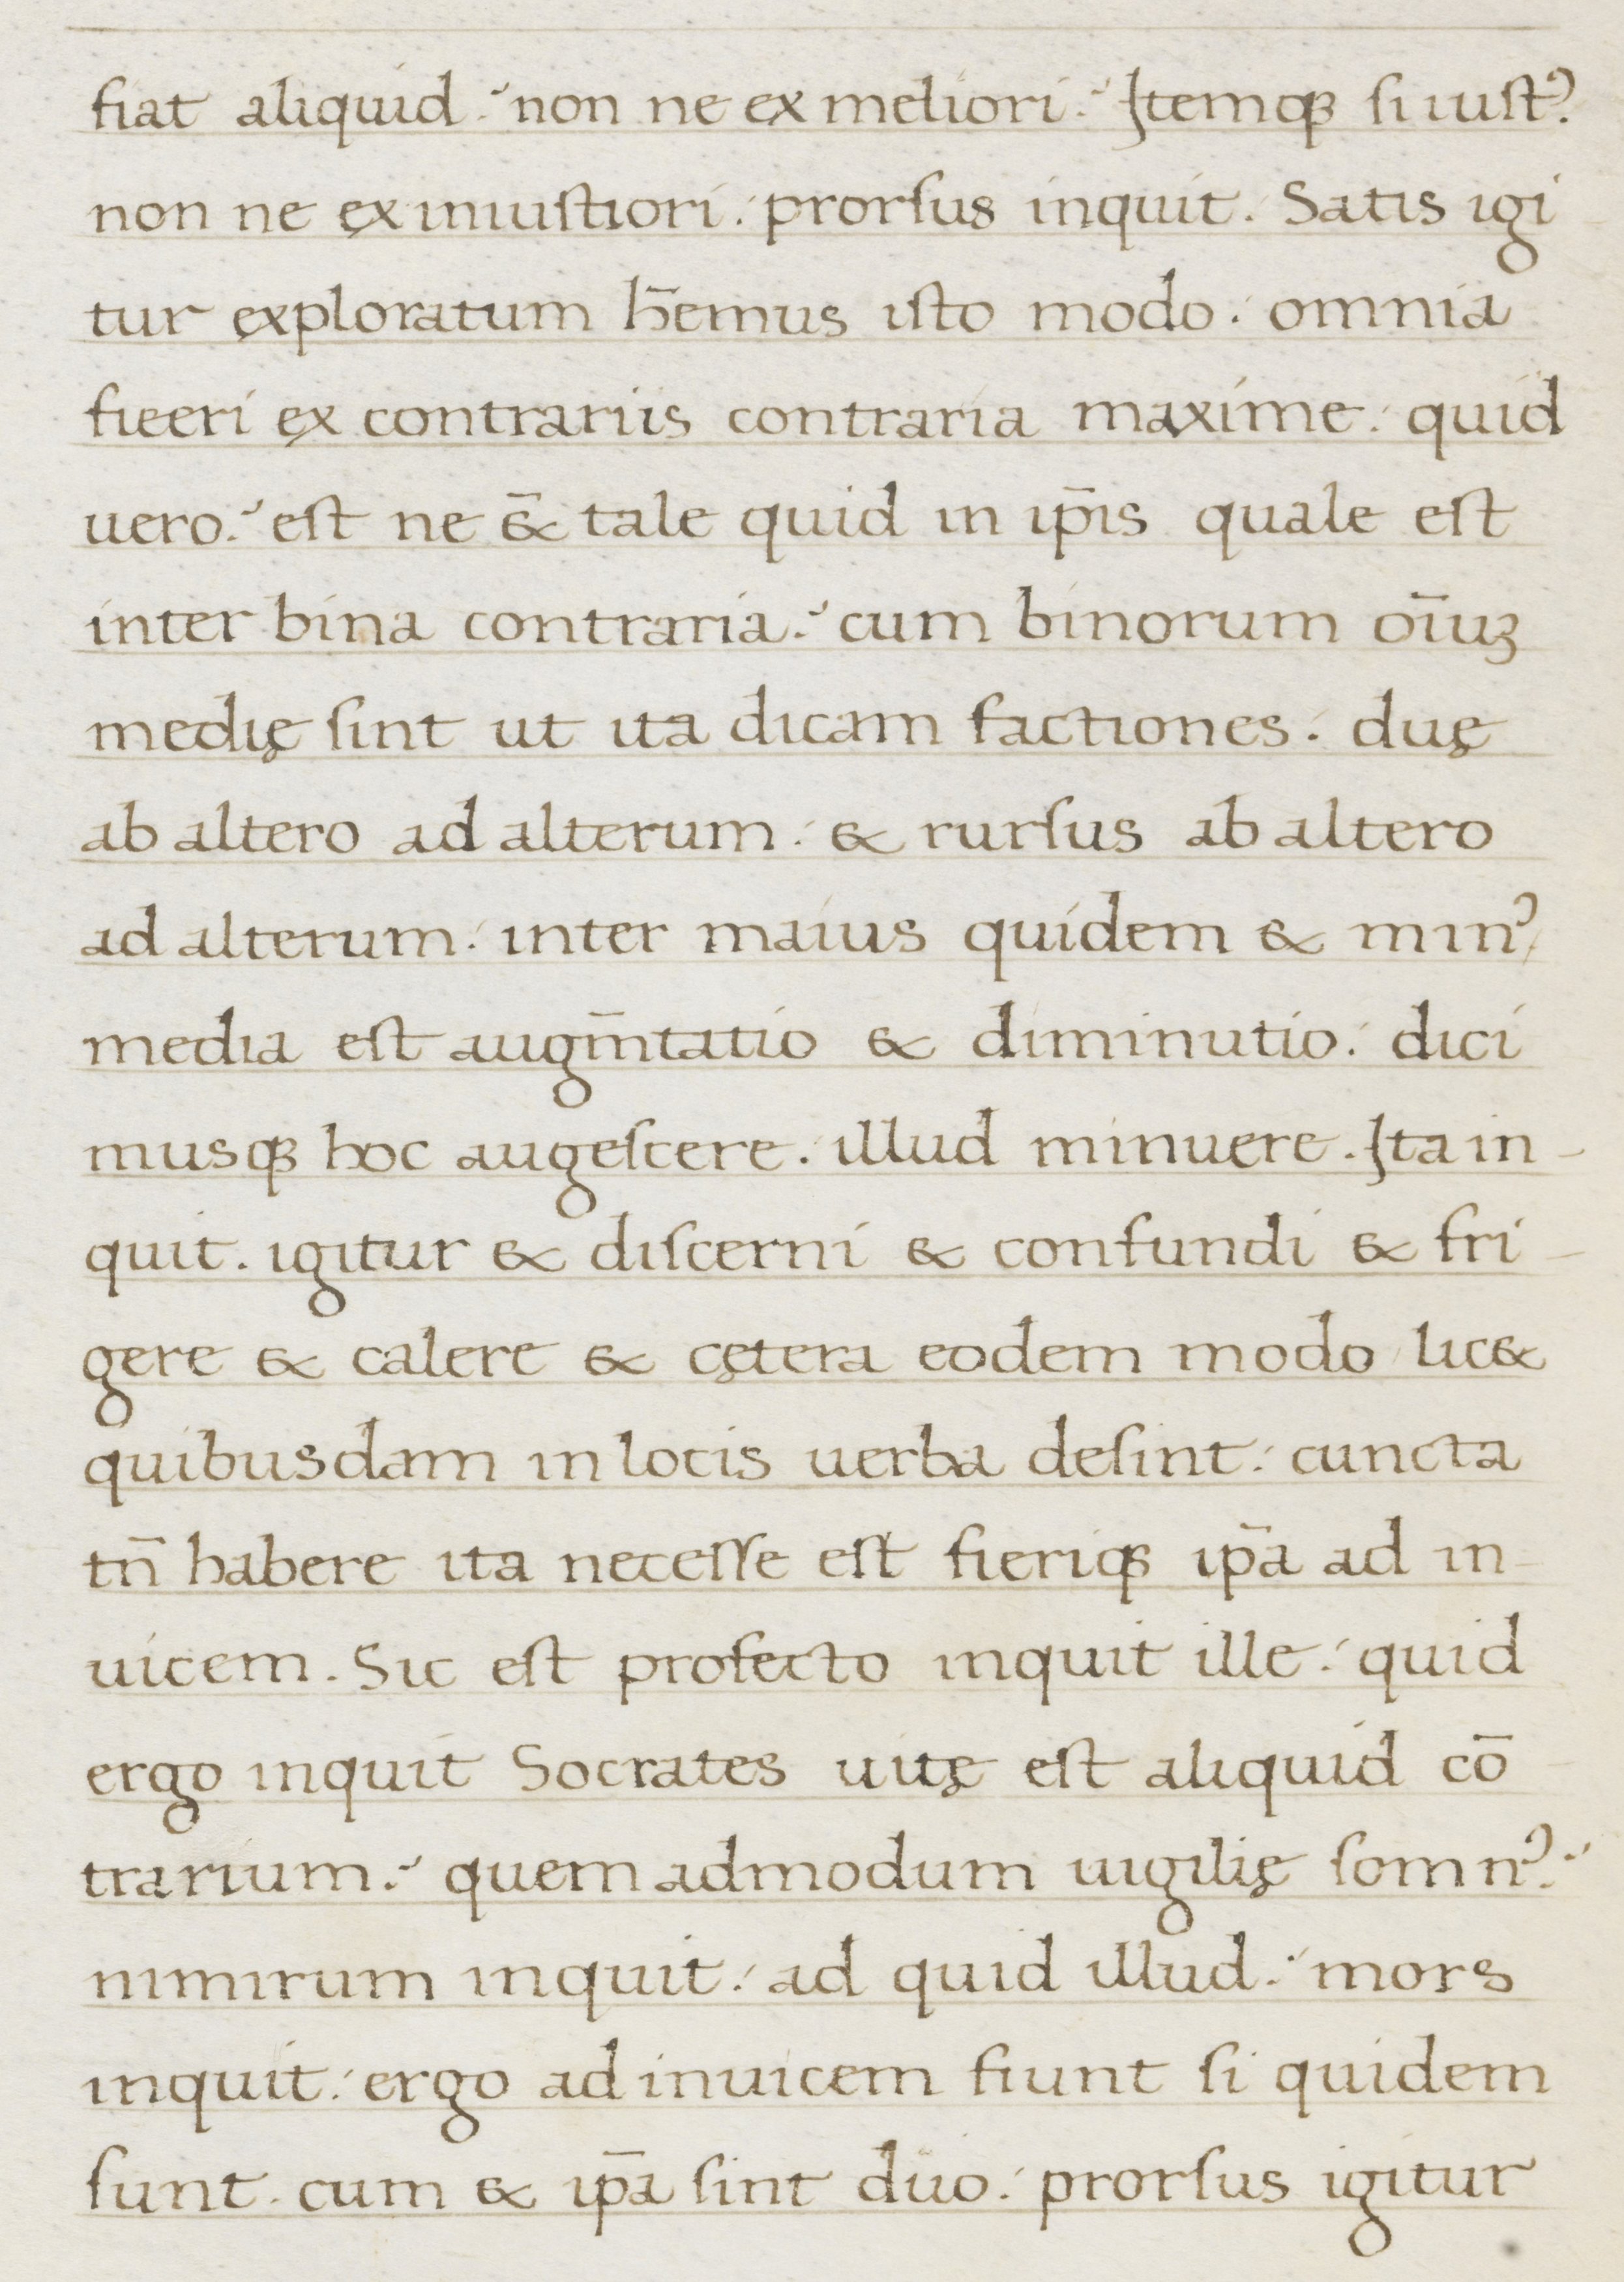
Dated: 1400–1499